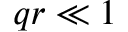
q r \ll 1